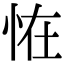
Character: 恠